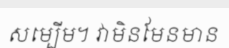
សម្បើម។ វាមិនមែនមាន